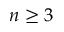
n \geq 3